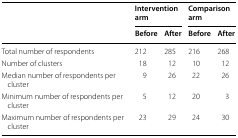
| <ROWSPAN=2>  | <COLSPAN=2> Intervention arm | <COLSPAN=2> Comparison arm |
 | Before | After | Before | After |
 | --- | --- | --- | --- | --- |
 | Total number of respondents | 212 | 285 | 216 | 268 |
 | Number of clusters | 18 | 12 | 10 | 12 |
 | Median number of respondents per cluster | 9 | 26 | 22 | 26 |
 | Minimum number of respondents per cluster | 5 | 12 | 20 | 3 |
 | Maximum number of respondents per cluster | 23 | 29 | 24 | 30 |